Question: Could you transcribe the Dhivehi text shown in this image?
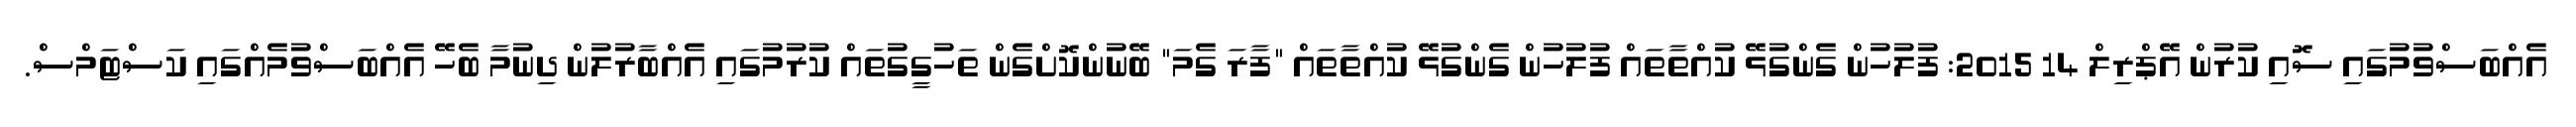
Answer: އެއްބަސްވުމުގައި ސޮއި ކުރުން އޭޕްރިލް 14 2015: ފުލުހުން ގެންގުޅޭ ކުއްތާތައް ފުލުހުން ގެންގުޅޭ ކުއްތާތައް "ފާރަ ގެމަ" ބޭނުންކޮށްގެން ތަހުގީގުތައް ކުރުމުގައި އެއްބާރުލުން ދިނުމާ ބެހޭ އެއްބަސްވުމެއްގައި ކަސްޓަމްސް.